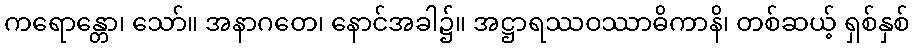
ကရောန္တော၊ သော်။ အနာဂတေ၊ နောင်အခါ၌။ အဋ္ဌာရဿဝဿာဓိကာနိ၊ တစ်ဆယ့် ရှစ်နှစ်